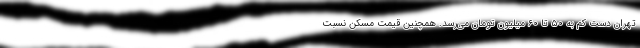
تهران دستِ کم به ۵۰ تا ۶۰ میلیون تومان می‌رسد. همچنین قیمت مسکن نسبت